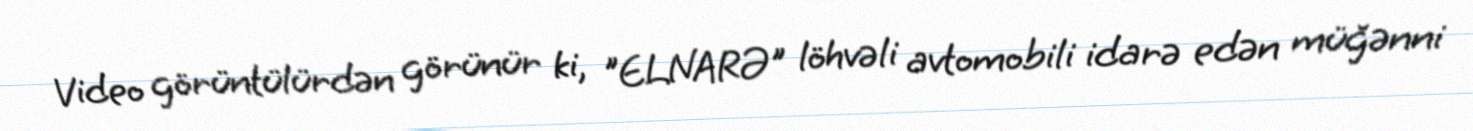
Video görüntülürdən görünür ki, "ELNARƏ" löhvəli avtomobili idarə edən müğənni